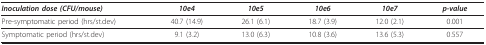
| Inoculation dose (CFU/mouse) | 10e4 | 10e5 | 10e6 | 10e7 | p-value |
 | --- | --- | --- | --- | --- | --- |
 | Pre-symptomatic period (hrs/st.dev) | 40.7 (14.9) | 26.1 (6.1) | 18.7 (3.9) | 12.0 (2.1) | 0.001 |
 | Symptomatic period (hrs/st.dev) | 9.1 (3.2) | 13.0 (6.3) | 10.8 (3.6) | 13.6 (5.3) | 0.557 |